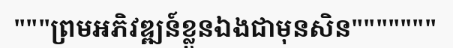
"""ព្រមអភិវឌ្ឍន៍ខ្លួនឯងជាមុនសិន"""""""